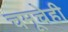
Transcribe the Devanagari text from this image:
चमूचेही